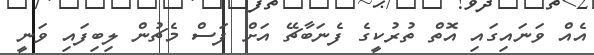
އެއް ވަނައިގައި އޮތް ތުރުކީގެ ފެނަބާޗޭ އަށް ފަސް މެޗުން ލިބިފައި ވަނީ